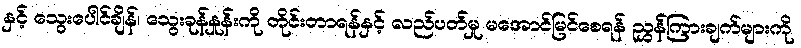
နှင့် သွေးပေါင်ချိန်၊ သွေးခုန်နှုန်းကို တိုင်းတာရန်နှင့် လည်ပတ်မှု မအောင်မြင်စေရန် ညွှန်ကြားချက်များကို